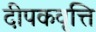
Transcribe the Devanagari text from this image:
दीपकवृत्ति